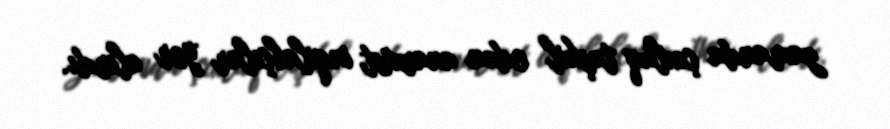
zamanda çoxluq təşkil edən anarxist inqilabçılar yer alırdı.